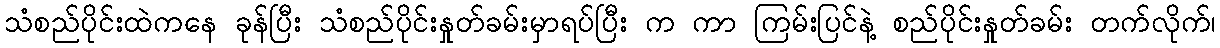
သံစည်ပိုင်းထဲကနေ ခုန်ပြီး သံစည်ပိုင်းနှုတ်ခမ်းမှာရပ်ပြီး က ကာ ကြမ်းပြင်နဲ့ စည်ပိုင်းနှုတ်ခမ်း တက်လိုက်၊